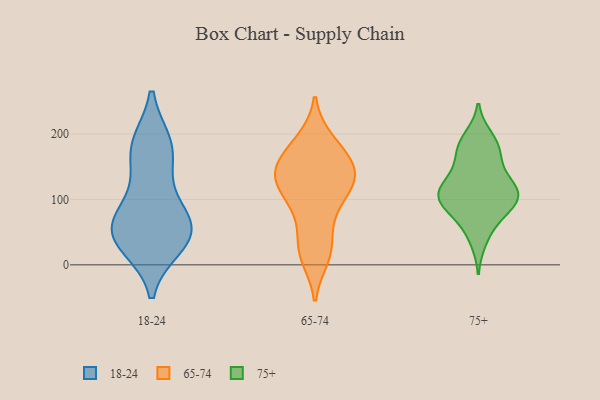
{"axis": {"x": "Revenue (USD Million)", "y": "Value"}, "legend": ["18-24", "65-74", "75+"], "data": [{"x": "", "y": 167, "type": "18-24"}, {"x": "", "y": 58, "type": "18-24"}, {"x": "", "y": 183, "type": "18-24"}, {"x": "", "y": 105, "type": "18-24"}, {"x": "", "y": 39, "type": "18-24"}, {"x": "", "y": 67, "type": "18-24"}, {"x": "", "y": 182, "type": "18-24"}, {"x": "", "y": 48, "type": "18-24"}, {"x": "", "y": 55, "type": "18-24"}, {"x": "", "y": 31, "type": "18-24"}, {"x": "", "y": 70, "type": "65-74"}, {"x": "", "y": 173, "type": "65-74"}, {"x": "", "y": 95, "type": "65-74"}, {"x": "", "y": 132, "type": "65-74"}, {"x": "", "y": 126, "type": "65-74"}, {"x": "", "y": 14, "type": "65-74"}, {"x": "", "y": 190, "type": "65-74"}, {"x": "", "y": 44, "type": "65-74"}, {"x": "", "y": 23, "type": "65-74"}, {"x": "", "y": 128, "type": "65-74"}, {"x": "", "y": 11, "type": "65-74"}, {"x": "", "y": 149, "type": "65-74"}, {"x": "", "y": 152, "type": "65-74"}, {"x": "", "y": 139, "type": "65-74"}, {"x": "", "y": 160, "type": "65-74"}, {"x": "", "y": 142, "type": "65-74"}, {"x": "", "y": 111, "type": "65-74"}, {"x": "", "y": 101, "type": "65-74"}, {"x": "", "y": 191, "type": "65-74"}, {"x": "", "y": 108, "type": "75+"}, {"x": "", "y": 124, "type": "75+"}, {"x": "", "y": 97, "type": "75+"}, {"x": "", "y": 96, "type": "75+"}, {"x": "", "y": 106, "type": "75+"}, {"x": "", "y": 114, "type": "75+"}, {"x": "", "y": 158, "type": "75+"}, {"x": "", "y": 105, "type": "75+"}, {"x": "", "y": 194, "type": "75+"}, {"x": "", "y": 174, "type": "75+"}, {"x": "", "y": 86, "type": "75+"}, {"x": "", "y": 137, "type": "75+"}, {"x": "", "y": 121, "type": "75+"}, {"x": "", "y": 184, "type": "75+"}, {"x": "", "y": 83, "type": "75+"}, {"x": "", "y": 38, "type": "75+"}, {"x": "", "y": 180, "type": "75+"}, {"x": "", "y": 58, "type": "75+"}]}